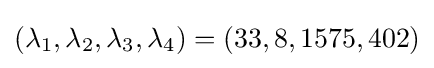
(\lambda _{1},\lambda _{2},\lambda _{3},\lambda _{4})=(33,8,1575,402)